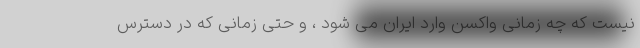
نیست که چه زمانی واکسن وارد ایران می شود ، و حتی زمانی که در دسترس